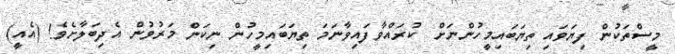
މީސްތަކުން ފިޔަވައި ތިޔަބައިމީހުންނަށް  ކުރައްވާފައިވާނަމަ ތިޔަބައިމީހުން ނިކަން މަރުވުން އެދިބަލާށެވެ! (އެއީ)